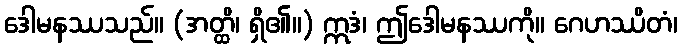
ဒေါမနဿသည်။ (အတ္ထိ၊ ရှိ၏။) ဣဒံ၊ ဤဒေါမနဿကို။ ဂေဟဿိတံ၊